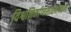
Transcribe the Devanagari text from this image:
विश्वनिर्माणशास्त्राबद्दल